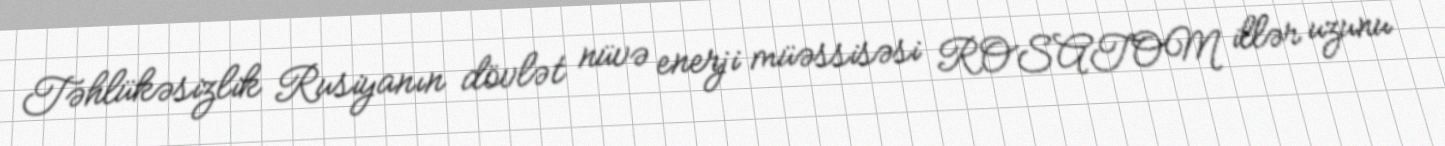
Təhlükəsizlik Rusiyanın dövlət nüvə enerji müəssisəsi ROSATOM illər uzunu